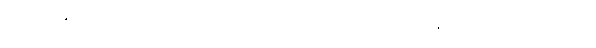
သမ္ပတ္တာနမ္ပိ၊ တို့အားလည်း။ သာတ္ထိကာ၊ အကျိုးရှိသော။ ဒေသနာ၊ သည်။ အဟောသိ၊